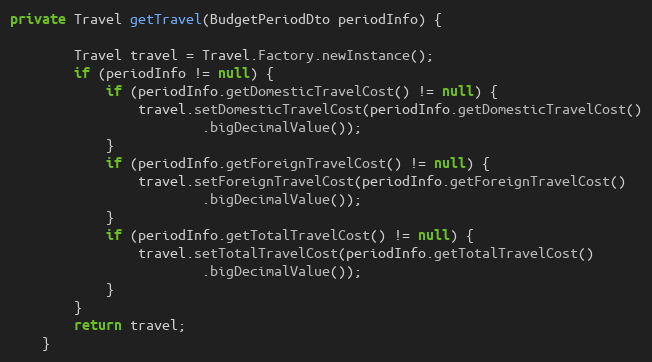
Language: Java
private Travel getTravel(BudgetPeriodDto periodInfo) {

		Travel travel = Travel.Factory.newInstance();
		if (periodInfo != null) {
			if (periodInfo.getDomesticTravelCost() != null) {
				travel.setDomesticTravelCost(periodInfo.getDomesticTravelCost()
						.bigDecimalValue());
			}
			if (periodInfo.getForeignTravelCost() != null) {
				travel.setForeignTravelCost(periodInfo.getForeignTravelCost()
						.bigDecimalValue());
			}
			if (periodInfo.getTotalTravelCost() != null) {
				travel.setTotalTravelCost(periodInfo.getTotalTravelCost()
						.bigDecimalValue());
			}
		}
		return travel;
	}